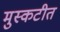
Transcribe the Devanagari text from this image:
मुस्कटीत